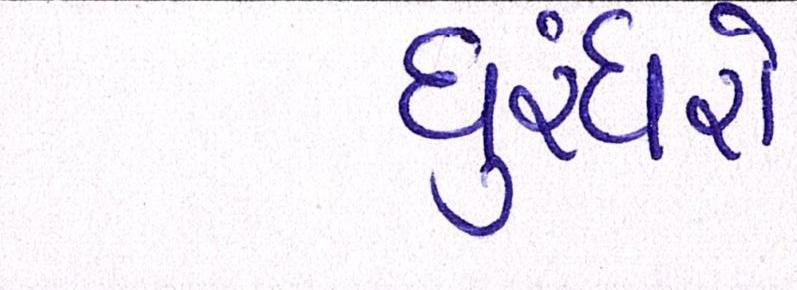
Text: ધુરંધરો